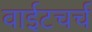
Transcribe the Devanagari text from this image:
वाईटचर्च